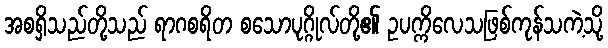
အစရှိသည်တို့သည် ရာဂစရိတ စသောပုဂ္ဂိုလ်တို့၏ ဥပက္ကိလေသဖြစ်ကုန်သကဲ့သို့